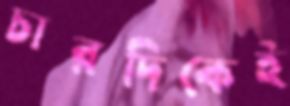
চারদিকেই